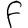
Character: F